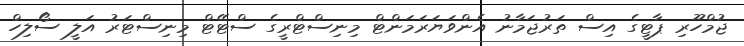
ޖުމްހޫރި ޕާޓީގެ އިސް ތަރުޖަމާނު އެންވަޔަރަމަންޓް މިނިސްޓްރީގެ ސްޓޭޓް މިނިސްޓަރު އަލީ ސޯލިހް